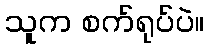
သူက စက်ရုပ်ပဲ။